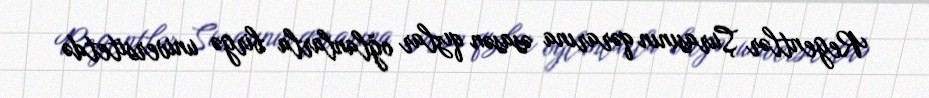
Regentlər Şurasının qərarına əsasən qızlar oğlanlarla birgə universitetdə